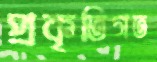
প্রকৃতিগত